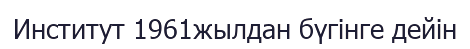
Институт 1961жылдан бүгінге дейін